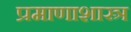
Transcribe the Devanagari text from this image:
प्रमाणाशास्त्र